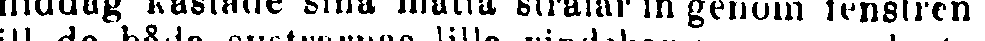
middag kastade sina matta strålar in genom fenstren